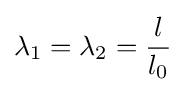
\lambda _{1}=\lambda _{2}={\frac {l}{l_{0}}}